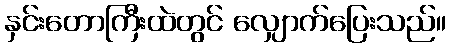
နှင်းတောကြီးထဲတွင် လျှောက်ပြေးသည်။